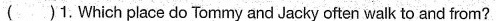
( )1.Which place do Tommy and Jacky often walk to and from?